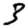
Digit: 3